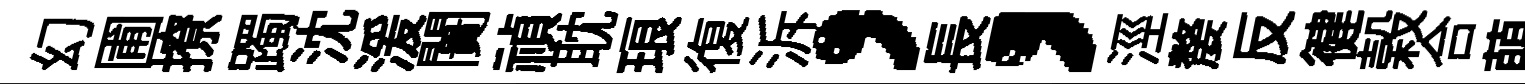
幻圃撩躅沈湲闠禎耽琅復泝，長，涇嫠反徤榖合萌